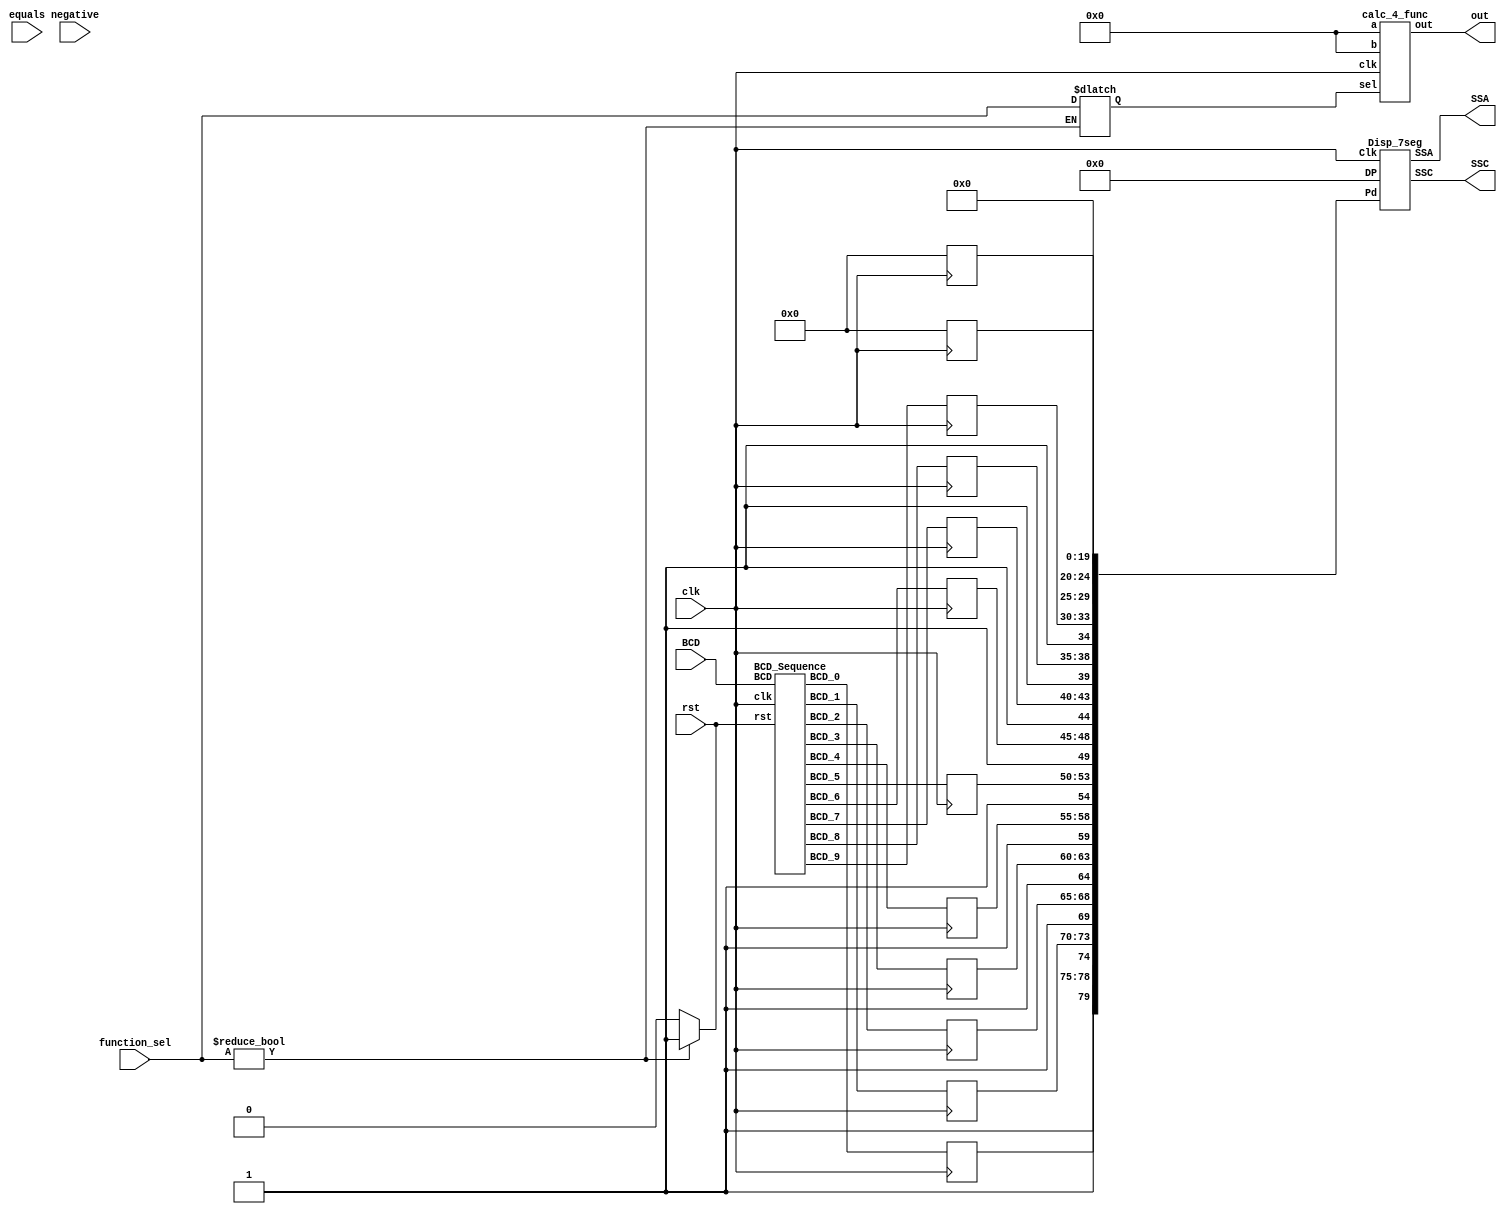
`timescale 1ns / 1ps

module top(
     input clk, rst,
     input [3:0] BCD,
     input negative,
     input [2:0] function_sel,
     input equals,
     output wire[31:0] out,
     output [7:0]   SSC,
	 output [15:0]  SSA
    );
    
    wire[3:0] BCD_0, BCD_1, BCD_2, BCD_3, BCD_4, BCD_5, BCD_6, BCD_7, BCD_8, BCD_9;
    wire[39:0] outBCD;
    wire[31:0] bin;
    wire outneg;
    reg[31:0] a, b;
    reg[2:0] sel;
    reg rst2, neg, equ, display_value;
    wire[79:0] Pass;
	wire[15:0] DP;
	wire[1:0] sign;
	reg[4:0] equals_sign, neg_sign;
	reg[3:0] disp_seg[0:9];
	wire[3:0] outBCD_disp[0:9];
	wire[49:0] display_numbers;
	integer i;
    
    BCD_Sequence seq1(.clk (clk), .rst (rst2),
                      .BCD (BCD),
                      .BCD_9 (BCD_9), .BCD_8 (BCD_8), .BCD_7 (BCD_7), .BCD_6 (BCD_6), .BCD_5 (BCD_5), .BCD_4 (BCD_4), .BCD_3 (BCD_3), .BCD_2 (BCD_2), .BCD_1 (BCD_1), .BCD_0 (BCD_0)); //OUTPUT
    
    BCD_Binary   bcd1(.clk (clk),
                      .BCD_9 (BCD_9), .BCD_8 (BCD_8), .BCD_7 (BCD_7), .BCD_6 (BCD_6), .BCD_5 (BCD_5), .BCD_4 (BCD_4), .BCD_3 (BCD_3), .BCD_2 (BCD_2), .BCD_1 (BCD_1), .BCD_0 (BCD_0), //INPUT
                      .neg (neg),
                      .bin (bin));
                      
    calc_4_func  calc(.clk (clk),
                      .a (a), .b (b),
                      .sel (sel),
                      .out (out));
                      
    Binary_BCD  b2bcd(.bin_2s (out), 
                      .bcdo (outBCD),
                      .neg (outneg));
    
    Disp_7seg   Disp1(.Pd (Pass),
                      .DP (DP), 
                      .Clk (clk), 
                      .SSC (SSC), .SSA (SSA));
           
    assign                   {outBCD_disp[0], outBCD_disp[1], outBCD_disp[2],
                              outBCD_disp[3], outBCD_disp[4], outBCD_disp[5], 
                              outBCD_disp[6], outBCD_disp[7], outBCD_disp[8], outBCD_disp[9]} = outBCD;         //Unpacks binary to BCD values
    
    assign display_numbers = {{1'b1,disp_seg[0]}, {1'b1,disp_seg[1]}, {1'b1,disp_seg[2]}, 
                              {1'b1,disp_seg[3]}, {1'b1,disp_seg[4]}, {1'b1,disp_seg[5]}, 
                              {1'b1,disp_seg[6]}, {1'b1,disp_seg[7]}, {1'b1,disp_seg[8]}, {1'b1,disp_seg[9]}};                          
    assign sign = {equ, neg};
    assign Pass = {display_numbers, neg_sign, equals_sign, 5'b00000, 5'b00000, 5'b00000, 5'b00000};             //Sends values to display based on case statements on clock
    assign DP = 16'h0000;
    
    always@(posedge clk) begin
        case(display_value)
            2'b00: begin                                    //Displays current BCD Sequence from either a or b
                       disp_seg[0] <= BCD_0;
                       disp_seg[1] <= BCD_1;
                       disp_seg[2] <= BCD_2;
                       disp_seg[3] <= BCD_3;
                       disp_seg[4] <= BCD_4;
                       disp_seg[5] <= BCD_5;
                       disp_seg[6] <= BCD_6;
                       disp_seg[7] <= BCD_7;
                       disp_seg[8] <= BCD_8;
                       disp_seg[9] <= BCD_9;
                   end
            2'b01: begin                                    //Displays calculator BCD output
                       for(i = 0; i < 10; i = i + 1) begin
                           disp_seg[i] <= outBCD_disp[i];
                       end
                   end
        endcase
        
        case(sign)                                          //Changes negative sign and equals sign on display
            2'b00: begin
                   neg_sign = 5'b00000;
                   equals_sign = 5'b00000;
                   end
            2'b01: begin
                   neg_sign = 5'b11010;
                   equals_sign = 5'b00000;
                   end
            2'b10: begin
                   neg_sign = 5'b00000;
                   equals_sign = 5'b11011;
                   end
            2'b11: begin
                   neg_sign = 5'b11010;
                   equals_sign = 5'b11011;
                   end
        endcase
    end
    
    always @(rst) begin     //resets all important values
        a <= 0;
        b <= 0;
        neg <= 0;
        equ <= 0;
        rst2 <= rst;        
        display_value <= 0;
    end
    
    always @(negative) begin
        if(negative != 0) begin
            neg = 1;            //Tells display to show negative sign
        end
    end
    
    always @(function_sel) begin
        if(function_sel != 0) begin
            sel = function_sel;
            a = bin;            //Sets current bcd to binary output to input a
            neg = 0;
            rst2 = 1;           //resets bcd sequence
        end else
            rst2 = 0;           //resets rst2 after letting go of reset button
    end
        
    always @(equals) begin
        if(equals != 0) begin
            equ = 1;            //Tells display to show equals sign
            b = bin;            //Sets current bcd to binary output to input b
					
            display_value = 1;  //Tells display to show Calculator output
        end
    end
    
endmodule


module BCD_Binary(
     input clk,
     input [3:0] BCD_9, BCD_8, BCD_7, BCD_6, BCD_5, BCD_4, BCD_3, BCD_2, BCD_1, BCD_0,
     input neg,
     output reg[31:0] bin
    );
    
    reg[31:0] placeholder[9:0];
    integer i;
    
    always @(posedge clk) begin
        bin = 0;
        placeholder[9] = BCD_9 * 30'd1000000000;    //  Each row multiplies
        placeholder[8] = BCD_8 * 27'd100000000;     //  the BCD value
        placeholder[7] = BCD_7 * 24'd10000000;      //  by the appropriate
        placeholder[6] = BCD_6 * 20'd1000000;       //  power of 10
        placeholder[5] = BCD_5 * 17'd100000;        //  based on what
        placeholder[4] = BCD_4 * 14'd10000;         //  column the BCD
        placeholder[3] = BCD_3 * 10'd1000;          //  was in
        placeholder[2] = BCD_2 *  7'd100;           
        placeholder[1] = BCD_1 *  4'd10;            
        placeholder[0] = {27'h0000000, BCD_0};
    
        for(i = 0; i < 10; i = i + 1) begin     //loop to add all placeholders to binary output
            bin = bin + placeholder[i];
            
            if(neg && i == 9) begin  //Convert number into 2's complement when neg
                bin = ~bin + 1;
            end
        end
    end
endmodule


module Binary_BCD(
    input [31:0] bin_2s,       // 32 bit binary
    output wire[39:0] bcdo,   // 10 digit BCD
    output reg neg          //if the binary value was negative
    );
    reg[41:0] bcd;
    reg[31:0] bin;
    integer i, j;

    always @(bin_2s) begin
        if(bin_2s[31] == 1) begin       //check if number is supposed to be negative
            neg = 1;
            bin = ~bin_2s + 1;
        end
        else begin
            neg = 0;
            bin = bin_2s;
        end
        
        for(i = 0; i <= 41; i = i + 1)
            bcd[i] = 0;                 // initialize with zeros
    
        bcd[31:0] = bin;                                       
    
        for(i = 0; i <= 28; i = i + 1)
            for(j = 0; j <= i/3; j = j+1)
                if (bcd[32-i+4*j -: 4] > 4)                         // if > 4
                    bcd[32-i+4*j -: 4] = bcd[32-i+4*j -: 4] + 4'd3; // add 3
        
    end
    
    assign bcdo = bcd[39:0]; //Truncates bcd to required length for other modules
    
endmodule


module BCD_Sequence(
     input wire clk, rst,
     input wire[3:0] BCD,
     output reg[3:0] BCD_9, BCD_8, BCD_7, BCD_6, BCD_5, BCD_4, BCD_3, BCD_2, BCD_1, BCD_0
    );
    reg[3:0] temp[9:0];
    integer i;
    reg[3:0] d;
    wire[3:0] q;

    dff dff_0(d[0], clk, rst, q[0]);
    dff dff_1(d[1], clk, rst, q[1]);
    dff dff_2(d[2], clk, rst, q[2]);
    dff dff_3(d[3], clk, rst, q[3]);
    
    always @(BCD or rst) begin
        if(~rst) begin
            case(BCD)
                0   :   if(q > 0)
                            temp[q] = BCD;
                        else 
                            d = d - 1;
                1       :   temp[q] = BCD;
                2       :   temp[q] = BCD;
                3       :   temp[q] = BCD;
                4       :   temp[q] = BCD;
                5       :   temp[q] = BCD;
                6       :   temp[q] = BCD;
                7       :   temp[q] = BCD;
                8       :   temp[q] = BCD;
                9       :   temp[q] = BCD;
                default :   d = d - 1;
            endcase
            
            if(q < 10)
                d = d + 1;
            else
                d = d;
            
        end else begin
            for(i = 0; i < 10; i = i + 1) begin
                temp[i] = 4'h0;
								
            end
            
            d = 0;
        end
    end
    
    always @(posedge clk) begin				   
        BCD_0 <= temp[0];
        BCD_1 <= temp[1];
        BCD_2 <= temp[2];
        BCD_3 <= temp[3];
        BCD_4 <= temp[4];
        BCD_5 <= temp[5];
        BCD_6 <= temp[6];
        BCD_7 <= temp[7];
        BCD_8 <= temp[8];
        BCD_9 <= temp[9];
    end
endmodule


module calc_4_func(clk, a, b, sel, out);
    input clk;
    input wire [31:0] a;
    input wire [31:0] b;
    input wire [2:0] sel;
    output reg [31:0] out;
    
    always@(posedge clk) begin
        case(sel)
            3'b001:
                out = a + b;
            3'b010:
                out = a - b;
            3'b011:
                out = a * b;
            3'b100:
                out = a / b;
        endcase
    end
endmodule


module Disp_7seg(
	input     [0:79] Pd,
	input     [15:0] DP,
	input            Clk,
	output    [7:0]  SSC,   //The Segments
	output reg[15:0] SSA);  //The Digit
	
    wire    [4:0] Disp [0:15];
    reg     [3:0] Point;
    reg     [5:0] Point_Plus; 
    wire    [3:0] Digit_to_Show;

    initial begin
        Point <= 4'b0000;
    end
     
    assign {Disp[0], Disp[1], Disp[2], Disp[3],
            Disp[4], Disp[5], Disp[6], Disp[7],
            Disp[8], Disp[9], Disp[10],Disp[11],
            Disp[12],Disp[13],Disp[14],Disp[15]}= Pd;  //Unpack, cant put 2-d array in port 
    //assign Segments = SSC;  
    
    always @(posedge Clk) begin  //This increments the displayed digit
        Point <= Point + 4'b0001;
    end
    
    assign Digit_to_Show = Disp[Point][3:0];
    
    Hex_Dig Inst1 (Digit_to_Show, SSC, DP[Point]);
    
    always @* begin
        Point_Plus = {Disp[Point][4], Point};  //Adds the bit that selects for display or not
        case (Point_Plus)   
            5'b10000:SSA = ~(16'b0000000000000001);  //Note:  to lite digit, anode must = 0    
            5'b10001:SSA = ~(16'b0000000000000010);  //Display digit if lead bit is 1 else blank
            5'b10010:SSA = ~(16'b0000000000000100);
            5'b10011:SSA = ~(16'b0000000000001000);
            5'b10100:SSA = ~(16'b0000000000010000);
            5'b10101:SSA = ~(16'b0000000000100000);
            5'b10110:SSA = ~(16'b0000000001000000);
            5'b10111:SSA = ~(16'b0000000010000000);
            5'b11000:SSA = ~(16'b0000000100000000);
            5'b11001:SSA = ~(16'b0000001000000000);
            5'b11010:SSA = ~(16'b0000010000000000);
            5'b11011:SSA = ~(16'b0000100000000000);   
            5'b11100:SSA = ~(16'b0001000000000000);
            5'b11101:SSA = ~(16'b0010000000000000);
            5'b11110:SSA = ~(16'b0100000000000000);
            5'b11111:SSA = ~(16'b1000000000000000);
            default:SSA  = ~(16'b0000000000000000);
        endcase   
    end
endmodule         
          
          
module Hex_Dig (        //This module looks up the seven seg settings for each Hex digit
        input [3:0] Value,
        output reg [7:0] SS,
        input Decimal_Point);
        
        always @* begin
        case (Value) 
             4'h0:  SS[6:0] = ~(7'b0111111);    //Note:  to lite digit, cathode must = 0   
             4'h1:  SS[6:0] = ~(7'b0000110);    //Dummy blank decimal points are included
             4'h2:  SS[6:0] = ~(7'b1011011);   
             4'h3:  SS[6:0] = ~(7'b1001111);   
             4'h4:  SS[6:0] = ~(7'b1100110);   
             4'h5:  SS[6:0] = ~(7'b1101101);   
             4'h6:  SS[6:0] = ~(7'b1111101);   
             4'h7:  SS[6:0] = ~(7'b0000111);   
             4'h8:  SS[6:0] = ~(7'b1111111);   
             4'h9:  SS[6:0] = ~(7'b1100111);   //A through F for special cases
             4'hA:  SS[6:0] = ~(7'b1000000);   //A is minus sign
             4'hB:  SS[6:0] = ~(7'b1000001);   //B is equals sign
             4'hC:  SS[6:0] = ~(7'b0000000);   
             4'hD:  SS[6:0] = ~(7'b0000000);   
             4'hE:  SS[6:0] = ~(7'b0000000);   
             4'hF:  SS[6:0] = ~(7'b0000000);
          default:  SS[6:0] = ~(7'b0000000);
        endcase
        SS[7] = ~Decimal_Point;   
           end
endmodule


module dff(d, clk, rst, q); 
    input d, clk, rst; 
    output reg q; 
    
        always@(posedge clk or posedge rst) begin
            if(rst == 1)
                q <= 0;
            else 
                q <= d;
        end 
endmodule